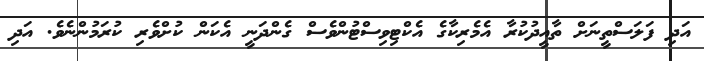
އަދި ފަލަސްތީނަށް ތާއީދުކުރާ އެމެރިކާގެ އެކްޓިވިސްޓުންވެސް ގެންދަނީ އެކަން ކުށްވެރި ކުރަމުންނެވެ. އަދި